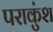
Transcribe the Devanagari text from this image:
पराकुंश